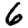
Digit: 6